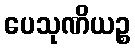
ပေသုဏိယဉ္စ